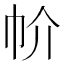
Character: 㠹